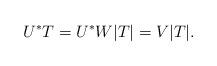
LaTeX: \begin{align*}U^*T = U^*W|T| = V|T|.\end{align*}